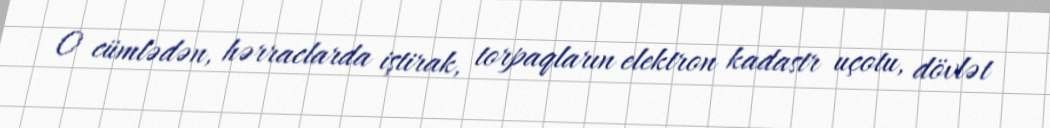
O cümlədən, hərraclarda iştirak, torpaqların elektron kadastr uçotu, dövlət